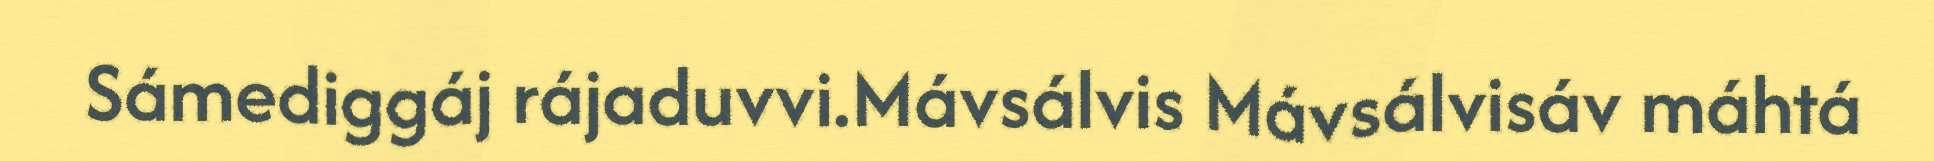
Sámediggáj rájaduvvi.Mávsálvis Mávsálvisáv máhtá